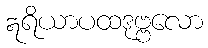
ဣရိယာပထဒုဗ္ဗလော